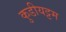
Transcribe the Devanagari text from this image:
कुडीयट्टम